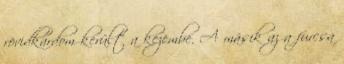
rövidkardom került a kezembe. A másik az a furcsa